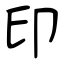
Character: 印